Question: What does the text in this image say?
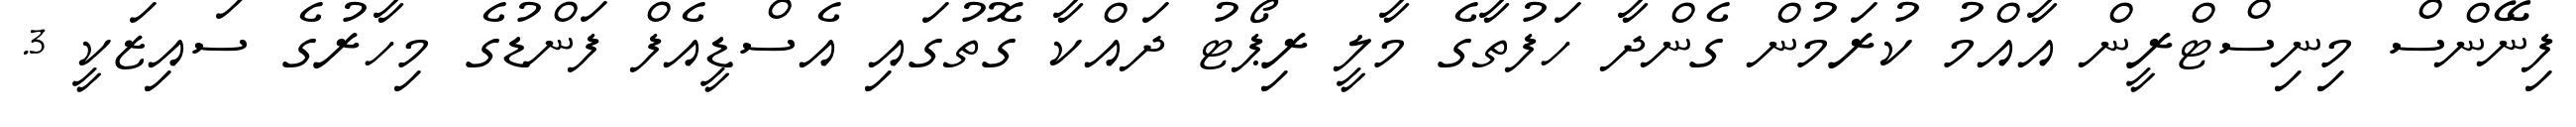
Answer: ފިނޭންސް މިނިސްޓްރީން އާއްމު ކުރަމުން ގެންދާ ހަފުތާގެ މާލީ ރިޕޯޓު ދައްކާ ގޮތުގައި އެސްޑީއެފް ފަންޑުގެ މިހާރުގެ ސައިޒަކީ 3.